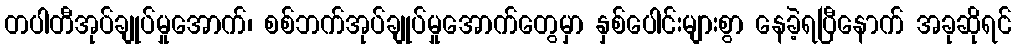
တပါတီအုပ်ချုပ်မှုအောက်၊ စစ်ဘက်အုပ်ချုပ်မှုအောက်တွေမှာ နှစ်ပေါင်းများစွာ နေခဲ့ရပြီနောက် အခုဆိုရင်